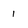
Character: i